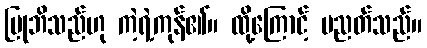
ပြုဘိသည်ဟု ကဲ့ရဲ့ကုန်၏။ ထို့ကြောင့် ပညတ်သည်။